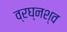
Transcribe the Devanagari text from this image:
व्रघ्नश्व